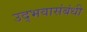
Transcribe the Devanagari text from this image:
उद्भवासंबंधी